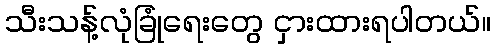
သီးသန့်လုံခြုံရေးတွေ ငှားထားရပါတယ်။